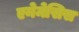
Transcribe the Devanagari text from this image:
एनेमेसिस